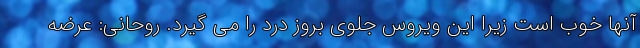
آنها خوب است زیرا این ویروس جلوی بروز درد را می گیرد. روحانی: عرضه